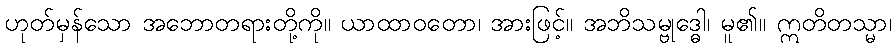
ဟုတ်မှန်သော အဘောတရားတို့ကို။ ယာထာဝတော၊ အားဖြင့်။ အဘိသမ္ဗုဒ္ဓေါ၊ မူ၏။ ဣတိတသ္မာ၊